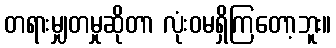
တရားမျှတမှုဆိုတာ လုံးဝမရှိကြတော့ဘူး။